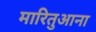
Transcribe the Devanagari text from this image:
मारितुआना